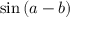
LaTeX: \sin \left( a - b \right)